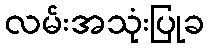
လမ်းအသုံးပြုခ